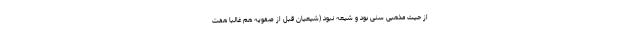
از حیث مذهبی سنی بود و شیعه نبود (شیعیان قبل از صفویه هم غالبا هفت